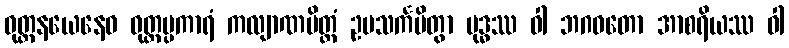
ဝုတ္တနယေနေဝ ဝုတ္တပ္ပကာရံ ကလျာဏမိတ္တံ ဥပသင်္ကမိတွာ ဗုဒ္ဓဿ ဝါ ဘဂဝတော အာစရိယဿ ဝါ